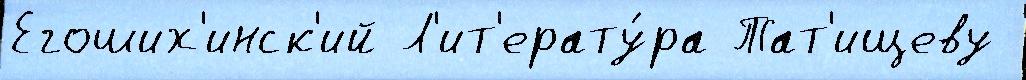
Егоших'инск'ий Л'ит'ерату́ра Тат'ищеву